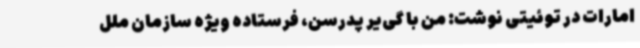
امارات در توئیتی نوشت: من با گی‌یر پدرسن، فرستاده ویژه سازمان ملل